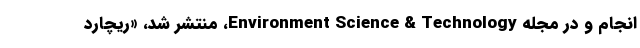
انجام و در مجله Environment Science & Technology، منتشر شد، «ریچارد